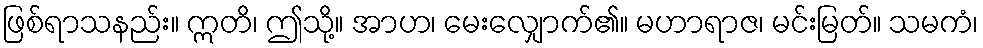
ဖြစ်ရာသနည်း။ ဣတိ၊ ဤသို့။ အာဟ၊ မေးလျှောက်၏။ မဟာရာဇ၊ မင်းမြတ်။ သမကံ၊